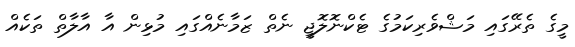
މީގެ ތެރޭގައި މަޝްވެރިކަމުގެ ޓެކްނޮލޮޖީ ނެތް ޒަމާނެއްގައި މުޅިން އާ އާލާތް ތަކެއް